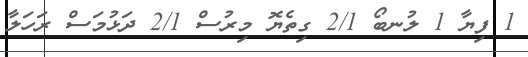
1 ފިޔާ 1 ލުނބޯ 2/1 ގިތެޔޮ މިރުސް 2/1 ދަޅުމަސް ރަހަލާ